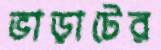
ভাড়াটের